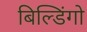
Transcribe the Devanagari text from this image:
बिल्डिंगो